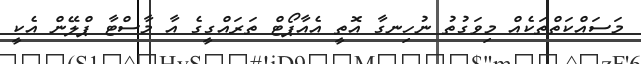
މަސައްކަތްތަކެއް މިވަގުތު ނުހިނގާ އޮތީ އެއާޕޯޓް ތަރައްގީގެ އާ މާސްޓާ ޕްލޭން އެކީ